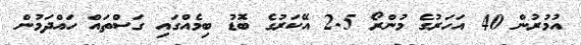
އުމުރުުން 40 އަހަރުގެ މުންރޯ 2.5 އޭކަރުގެ ބޮޑު ބިމެއްގައި ގަސްތައް ހައްދަމުން